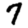
Digit: 7